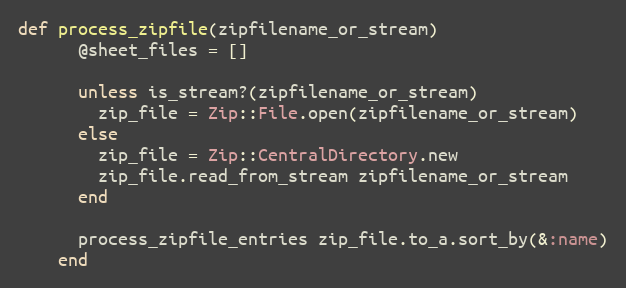
Language: Ruby
def process_zipfile(zipfilename_or_stream)
      @sheet_files = []

      unless is_stream?(zipfilename_or_stream)
        zip_file = Zip::File.open(zipfilename_or_stream)
      else
        zip_file = Zip::CentralDirectory.new
        zip_file.read_from_stream zipfilename_or_stream
      end

      process_zipfile_entries zip_file.to_a.sort_by(&:name)
    end